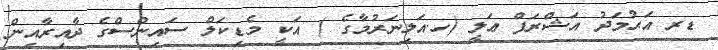
ޑރ އަޙުމަދު އަޝްރަފް ޢަލީ (ހ.އަލިނަރުމާގެ ) އަކީ މެޑިކަލް ސައިންސްގެ ދާއިރާއިން